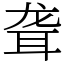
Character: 聋